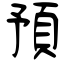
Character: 預